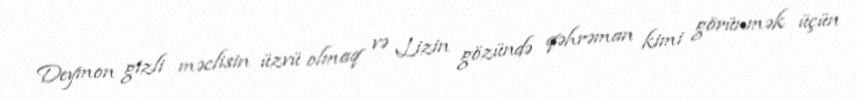
Deymon gizli məclisin üzvü olmaq və Lizin gözündə qəhrəman kimi görünmək üçün